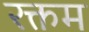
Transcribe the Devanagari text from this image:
रक्तम